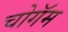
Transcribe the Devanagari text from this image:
चोगॅम